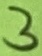
Text: 3